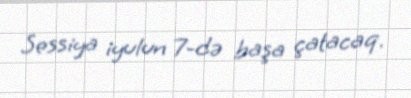
Sessiya iyulun 7-də başa çatacaq.